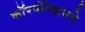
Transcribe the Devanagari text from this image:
काॅरपोरेशनने